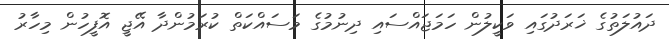
ދައުލަތުގެ ޚަރަދުގައި ވަކީލުން ހަމަޖައްސައި ދިނުމުގެ މަސައްކަތް ކުރަމުންދާ އޭޖީ އޮފީހުން މިހާރު